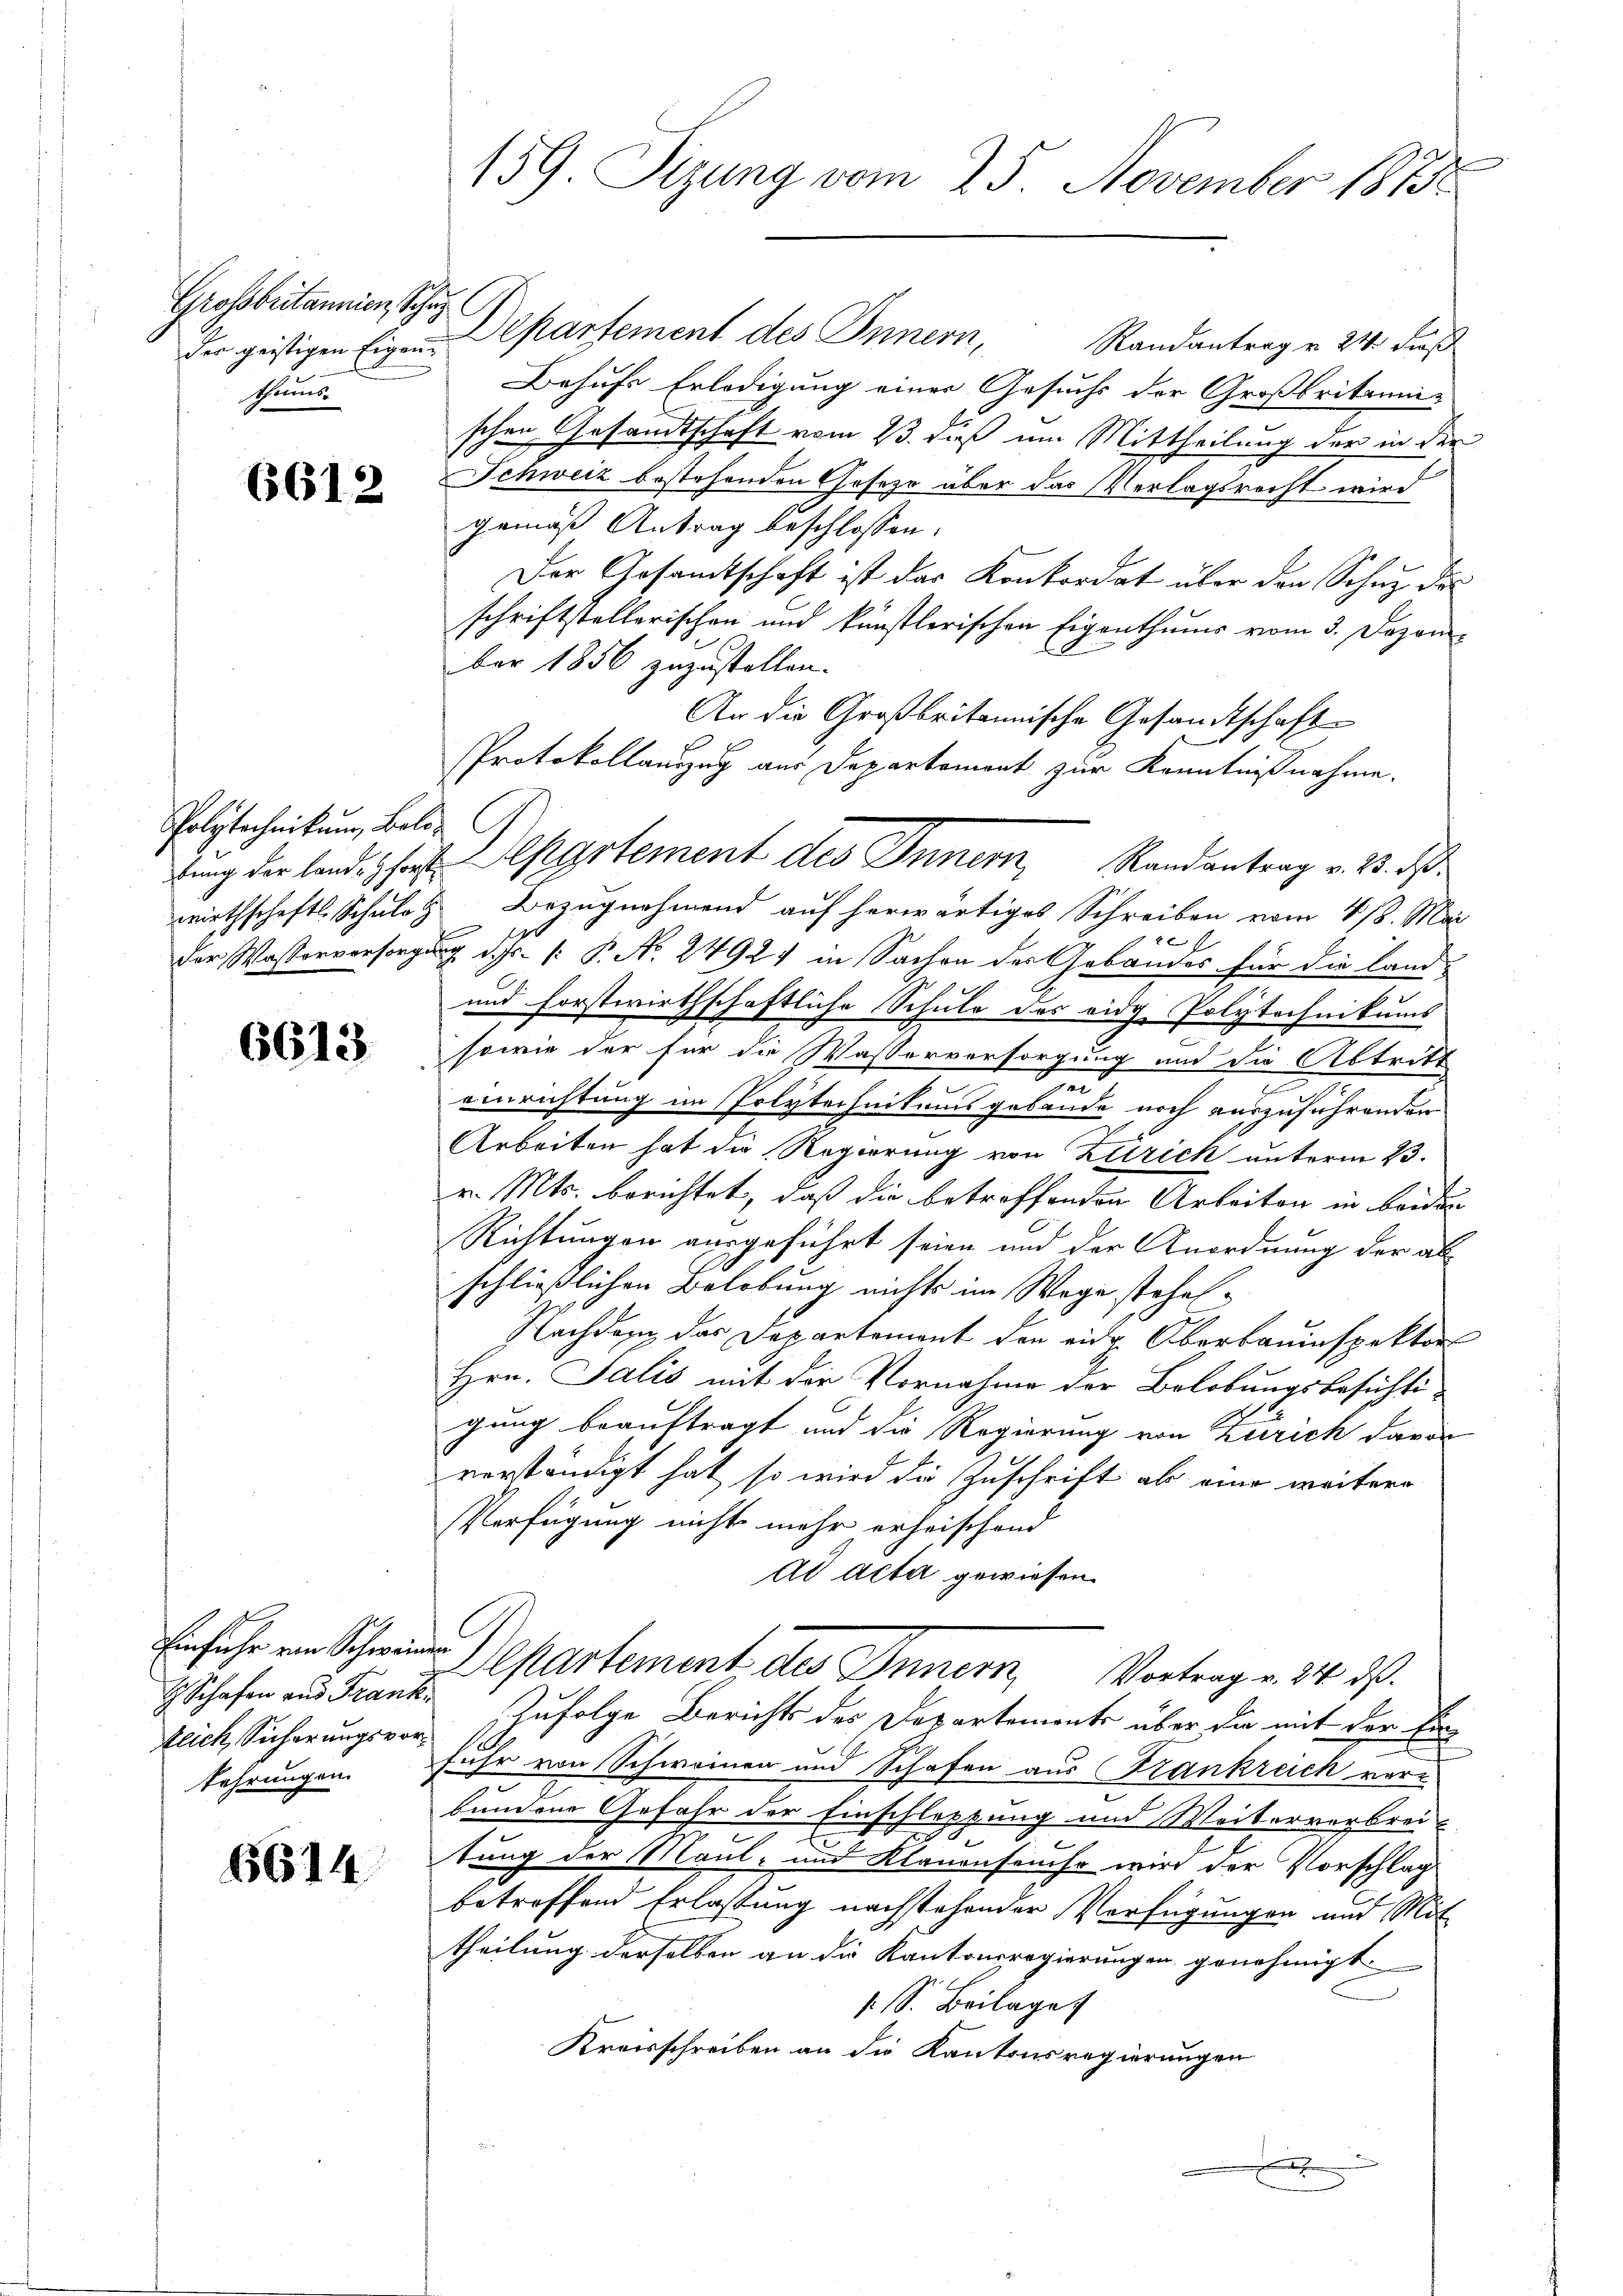
Grossbritannien, Schu
shorns

6612

Polytechnikum, Belo-

6613.

Einführ von Schwein
 Schafen und Franktlich, Sicherungsvorkehrungen.

6614.

159 Sizung vom 25. November 1873.

der geistigen Eigen Chartement des Innern, Randantrag v. 24. Fuß
Behufs Erledigung einer Gesuchs der Großbritani-
schen Gesandtschaft vom 23. daß um Mittheilung der in der
Schweiz bestehenden Geseze über das Verlagsrecht wird
gemäß Antrag beschlossen:
Der Gesamtschaft ist das Konkordat über den Schuz des
schriftstellerischen und künstlerischen Eigenthums vom 3. Dezember 1856 zuzustellen.
An die Großbritannische Gesandtschaft
Protokollauszug aus Departement zur Kenntnißnahme.
wirthschafts Schule Bezugnahmend auf herwärtiges Schreiben vom 4/8. Mai
der Wasserversorgung d. Js. [: P. No. 24927 in Sachen der Gebäudes für die Land-
und forstwirthschaftliche Schule des eidg. Polytechnikums
sowie der für die Wasserversorgung und die Abtritt
n
einrichtung im Polytechnikumsgebäude noch auszuführenden
Arbeiten hat die Regierung von Zürich unterm 23.
v. Mts. berichtet, daß die betreffenden Arbeiten in beiden
Richtungen ausgeführt seien und der Anordnung der abschließlichen Belobung nichts im Wege stehen.
Nachdem das Departement den eidg. Oberbauinspektor
Hrn. Salis mit der Vornahme der Belobungsbesichti-
gung beauftragt und die Regierung von Zürich davon
verständigt hat, so wird die Zuschrift ab eine weitere
Verfügung nicht mehr erheischend
ad acta gewiesen.
wer
Departement des Innern, Vortrag v. 24. d.
Zufolge Berichts des Departemente über da mit der Ein
fuhr von Schweinen und Schafen aus Frankreich verbundene Gefahr der Einschleppung und Weiterverbrei-
tung der Maul- und Klauensauso wird der Vorschlag
betreffend Erlassung nachstehender Verfügungen und Mit
theilung derselben an die Kantonsregierungen genehmigt.
1 S. Beilage
Kreisschreiben an die Kantonsregierungen
.

tung der land. Ihres Departement des Inner, Randantrag v. 23. d